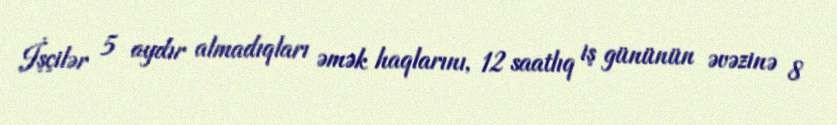
İşçilər 5 aydır almadıqları əmək haqlarını, 12 saatlıq iş gününün əvəzinə 8